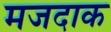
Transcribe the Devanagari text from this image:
मजदाक